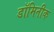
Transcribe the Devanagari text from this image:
डॉमिनीक